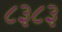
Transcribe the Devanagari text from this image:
८३८३